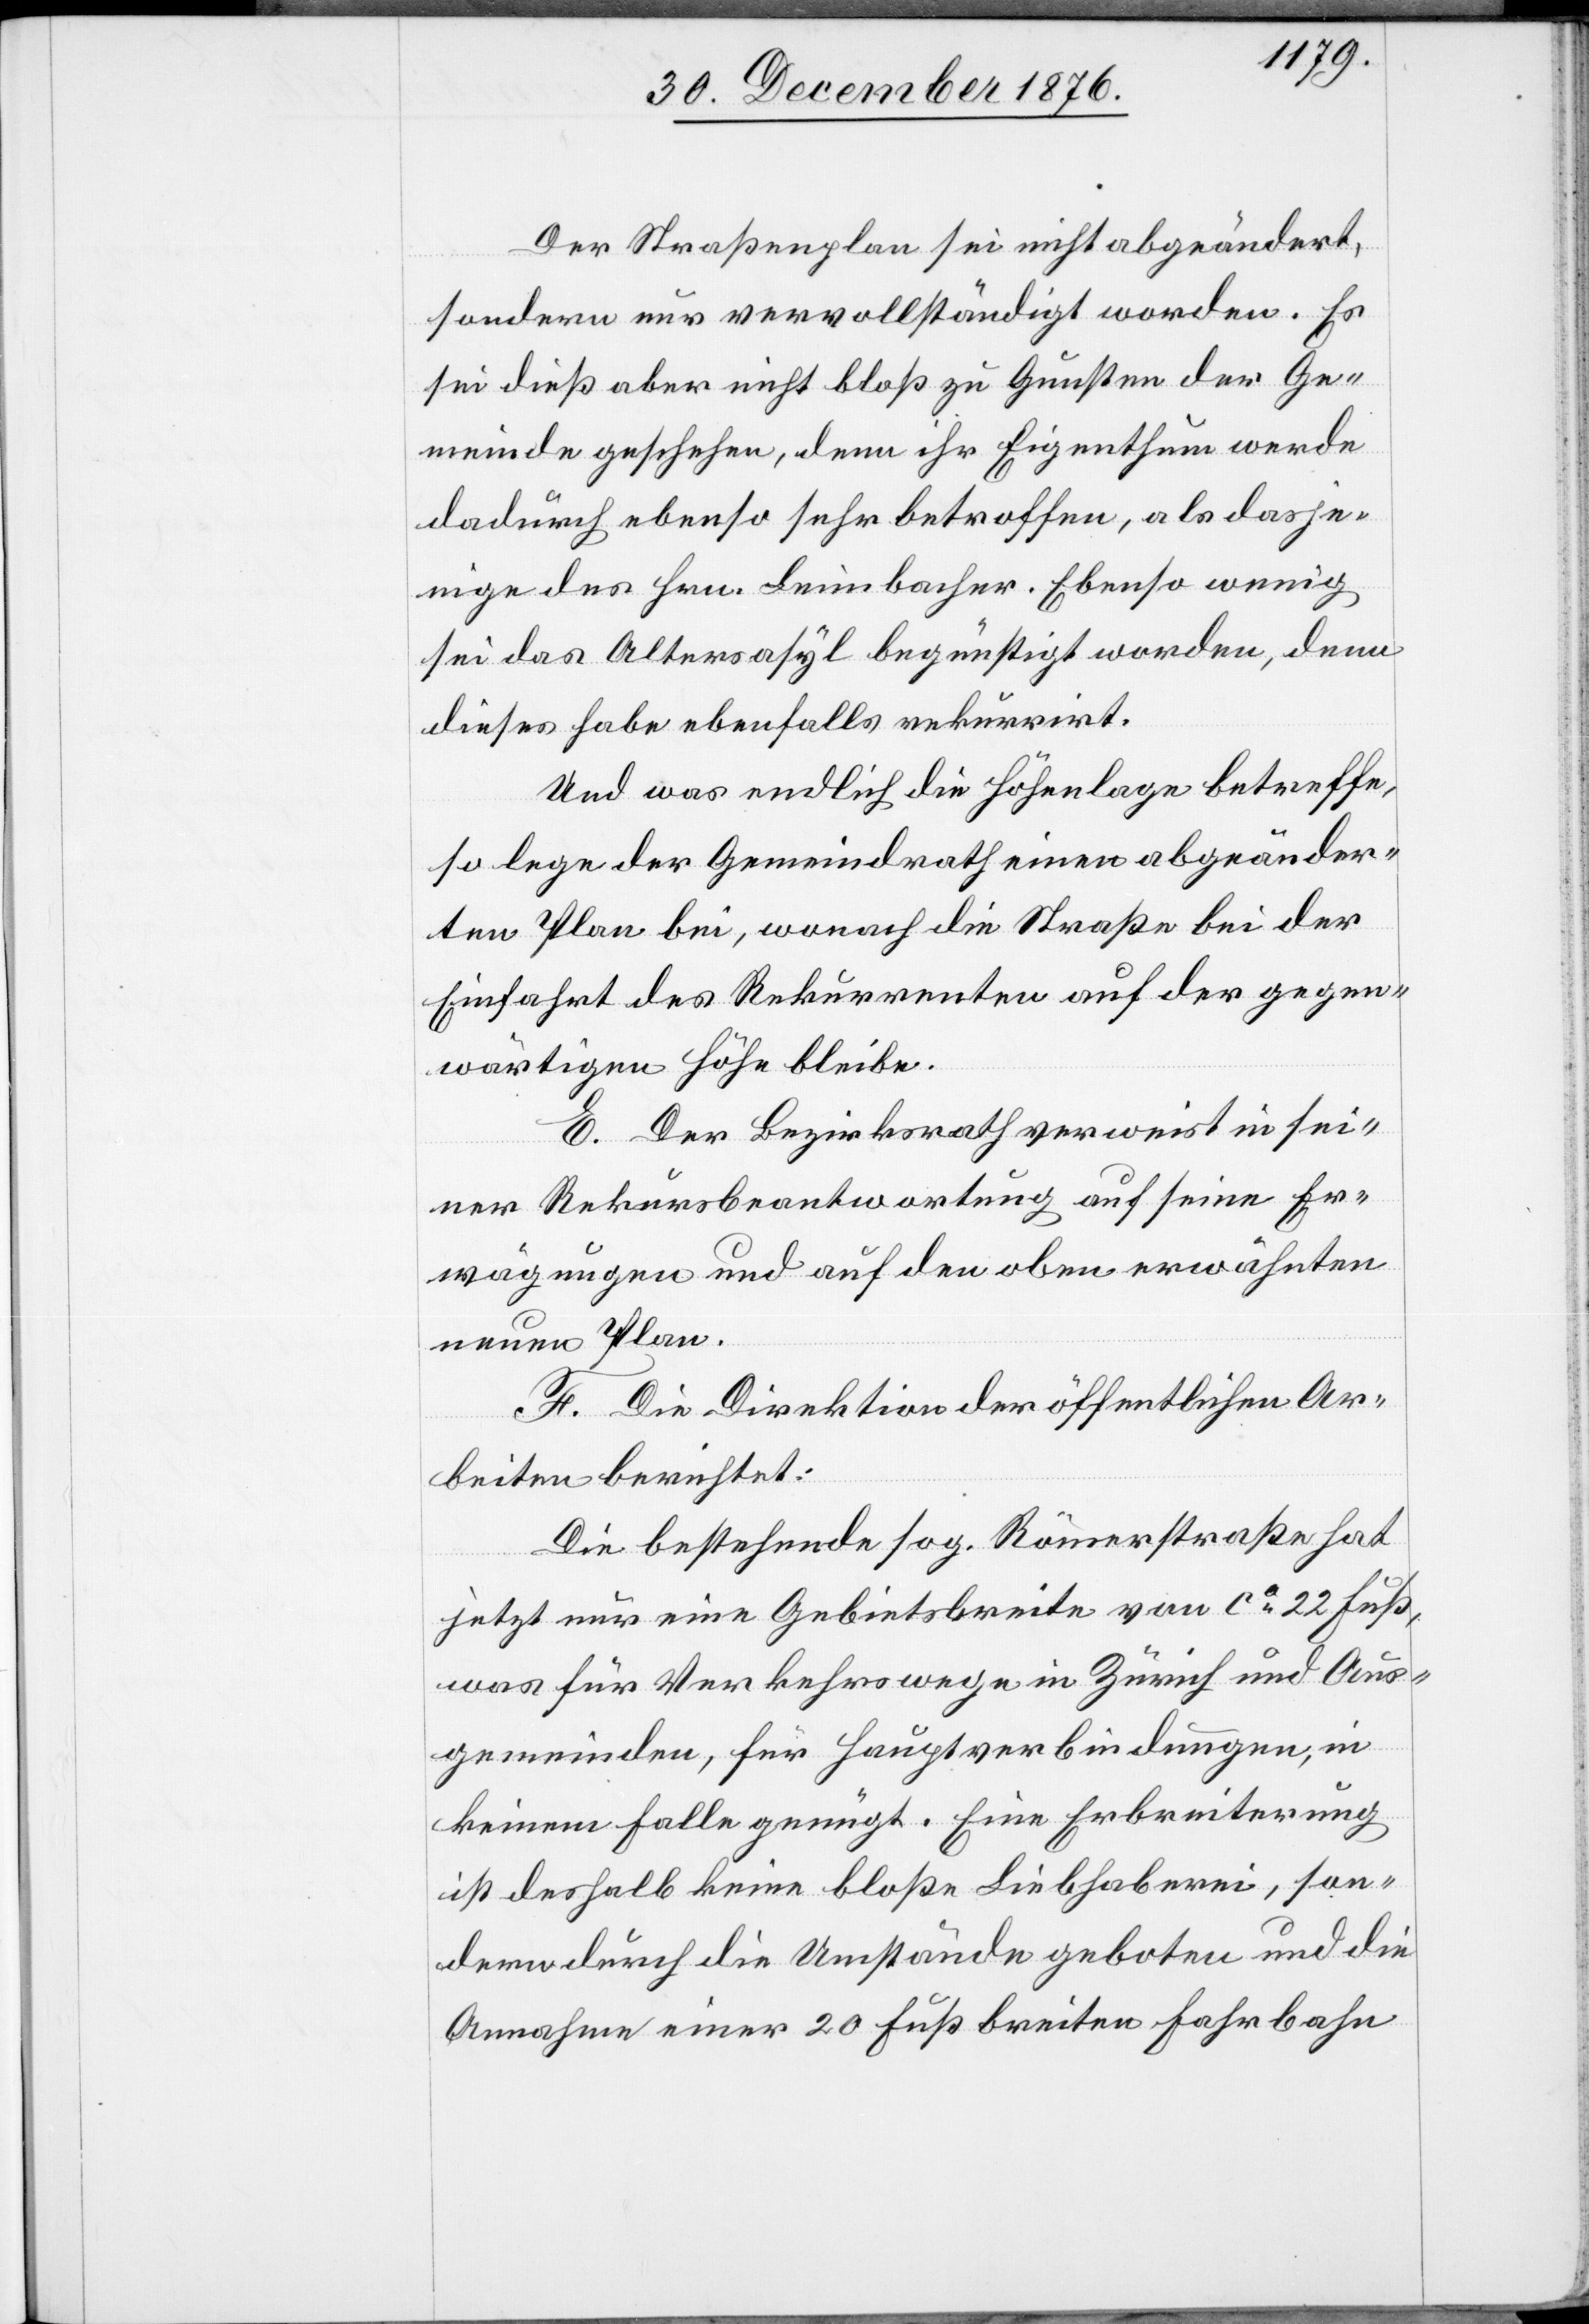
Der Straßenplan sei nicht abgeändert,
sondern nur vervollständigt worden. Es
sei dieß aber nicht bloß zu Gunsten der Ge¬
meinde geschehen, denn ihr Eigenthum werde
dadurch ebenso sehr betroffen, als dasje¬
nige des Hrn. Leimbacher. Ebenso wenig
sei das Altersasyl begünstigt worden, denn
dieses habe ebenfalls rekurrirt.
Und was endlich die Höhenlage betreffe,
so lege der Gemeindrath einen abgeänder¬
ten Plan bei, wonach die Straße bei der
Einfahrt des Rekurrenten auf der gegen¬
wärtigen Höhe bleibe.
E. Der Bezirksrath verweist in sei¬
ner Rekursbeantwortung auf seine Er¬
wägungen und auf den oben erwähnten
neuen Plan.
F. Die Direktion der öffentlichen Ar¬
beiten berichtet:
Die bestehende sog. Römerstraße hat
jetzt nur eine Gebietsbreite von ca 22 Fuß,
was für Verkehrswege in Zürich und Aus¬
gemeinden, für Hauptverbindungen, in
keinem Falle genügt. Eine Erbreiterung
ist deshalb keine bloße Liebhaberei, son¬
dern durch die Umstände geboten und die
Annahme einer 20 Fuß breiten Fahrbahn